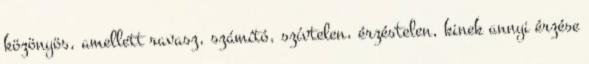
közönyös, amellett ravasz, számító, szívtelen, érzéstelen, kinek annyi érzése